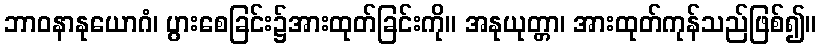
ဘာဝနာနုယောဂံ၊ ပွားစေခြင်း၌အားထုတ်ခြင်းကို။ အနုယုတ္တာ၊ အားထုတ်ကုန်သည်ဖြစ်၍။